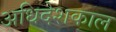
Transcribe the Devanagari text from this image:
अधिदेशकाल